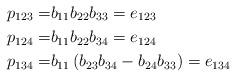
LaTeX: \begin{align*} p_{123}=& b_{11}b_{22}b_{33}=e_{123}\\ p_{124}=& b_{11}b_{22}b_{34}=e_{124} \\ p_{134}=& b_{11} \left(b_{23} b_{34}-b_{24} b_{33}\right) =e_{134}\end{align*}